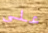
على